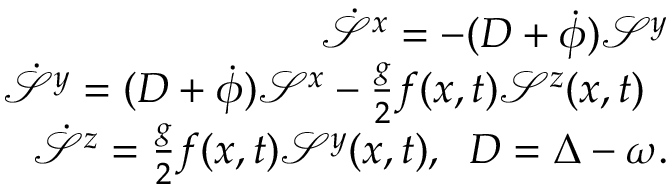
\begin{array} { r l r } & { } & { \dot { \mathcal { S } } ^ { x } = - ( D + \dot { \phi } ) \mathcal { S } ^ { y } } \\ & { } & { \dot { \mathcal { S } } ^ { y } = ( D + \dot { \phi } ) \mathcal { S } ^ { x } - \frac { g } { 2 } f ( x , t ) \mathcal { S } ^ { z } ( x , t ) \; \; } \\ & { } & { \dot { \mathcal { S } } ^ { z } = \frac { g } { 2 } f ( x , t ) \mathcal { S } ^ { y } ( x , t ) , \; \; D = \Delta - \omega . } \end{array}